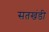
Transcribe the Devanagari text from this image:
सतखंडी